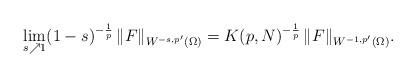
LaTeX: \begin{align*}\lim_{s\nearrow 1} (1-s)^{-\frac{1}{p}}\,\|F\|_{W^{-s,p'}(\Omega)}=K(p,N)^{-\frac{1}{p}}\,\|F\|_{W^{-1,p'}(\Omega)}.\end{align*}